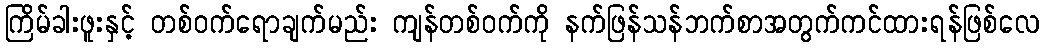
ကြိမ်ခါးဖူးနှင့် တစ်ဝက်ရောချက်မည်း ကျန်တစ်ဝက်ကို နက်ဖြန်သန်ဘက်စာအတွက်ကင်ထားရန်ဖြစ်လေ